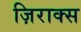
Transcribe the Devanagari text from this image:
ज़िराक्स